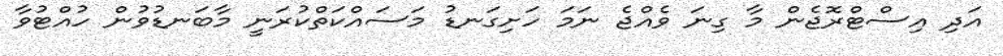
އަދި އިސްޓްރޮޖެން މާ ގިނަ ވެއްޖެ ނަމަ ހަށިގަނޑު މަސައްކަތްކުރަނީ މާބަނޑުވުން ހުއްޓުވާ